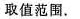
取值范围.